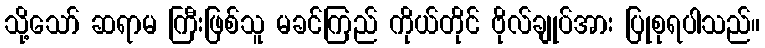
သို့သော် ဆရာမ ကြီးဖြစ်သူ မခင်ကြည် ကိုယ်တိုင် ဗိုလ်ချုပ်အား ပြုစုရပါသည်။